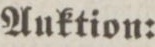
Auktion: